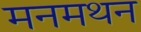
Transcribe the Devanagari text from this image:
मनमथन